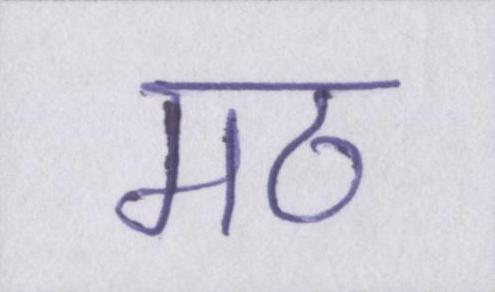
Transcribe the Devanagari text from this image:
मठ